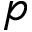
p